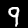
Label: 9